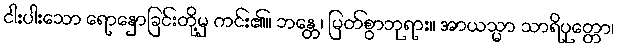
ငါးပါးသော ရောနှောခြင်းတို့မှ ကင်း၏။ ဘန္တေ၊ မြတ်စွာဘုရား။ အာယသ္မာ သာရိပုတ္တော၊